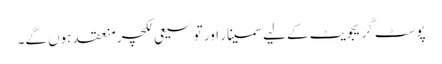
پوسٹ گریجویٹ کے لیے سمینار اور توسیعی لکچر منعقد ہوں گے۔